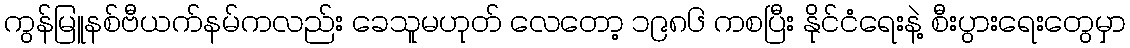
ကွန်မြူနစ်ဗီယက်နမ်ကလည်း ခေသူမဟုတ် လေတော့ ၁၉၈၆ ကစပြီး နိုင်ငံရေးနဲ့ စီးပွားရေးတွေမှာ